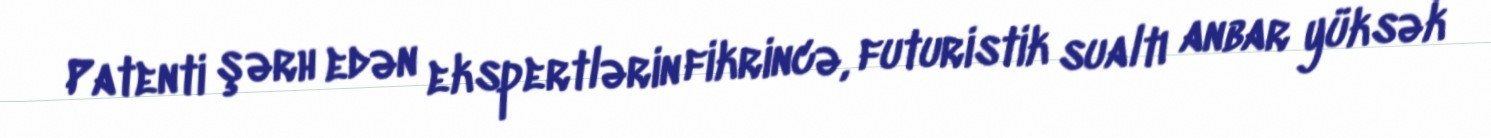
Patenti şərh edən ekspertlərin fikrincə, futuristik sualtı anbar yüksək